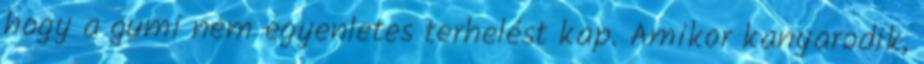
hogy a gumi nem egyenletes terhelést kap. Amikor kanyarodik,